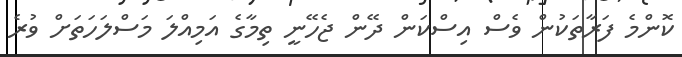
ކޮންމެ ފަރާތަކުން ވެސް އިސްކަން ދޭން ޖެހޭނީ ތިމާގެ އަމިއްލަ މަސްލަހަތަށް ވުރެ